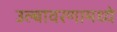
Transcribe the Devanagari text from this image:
उल्बावरणामध्ये